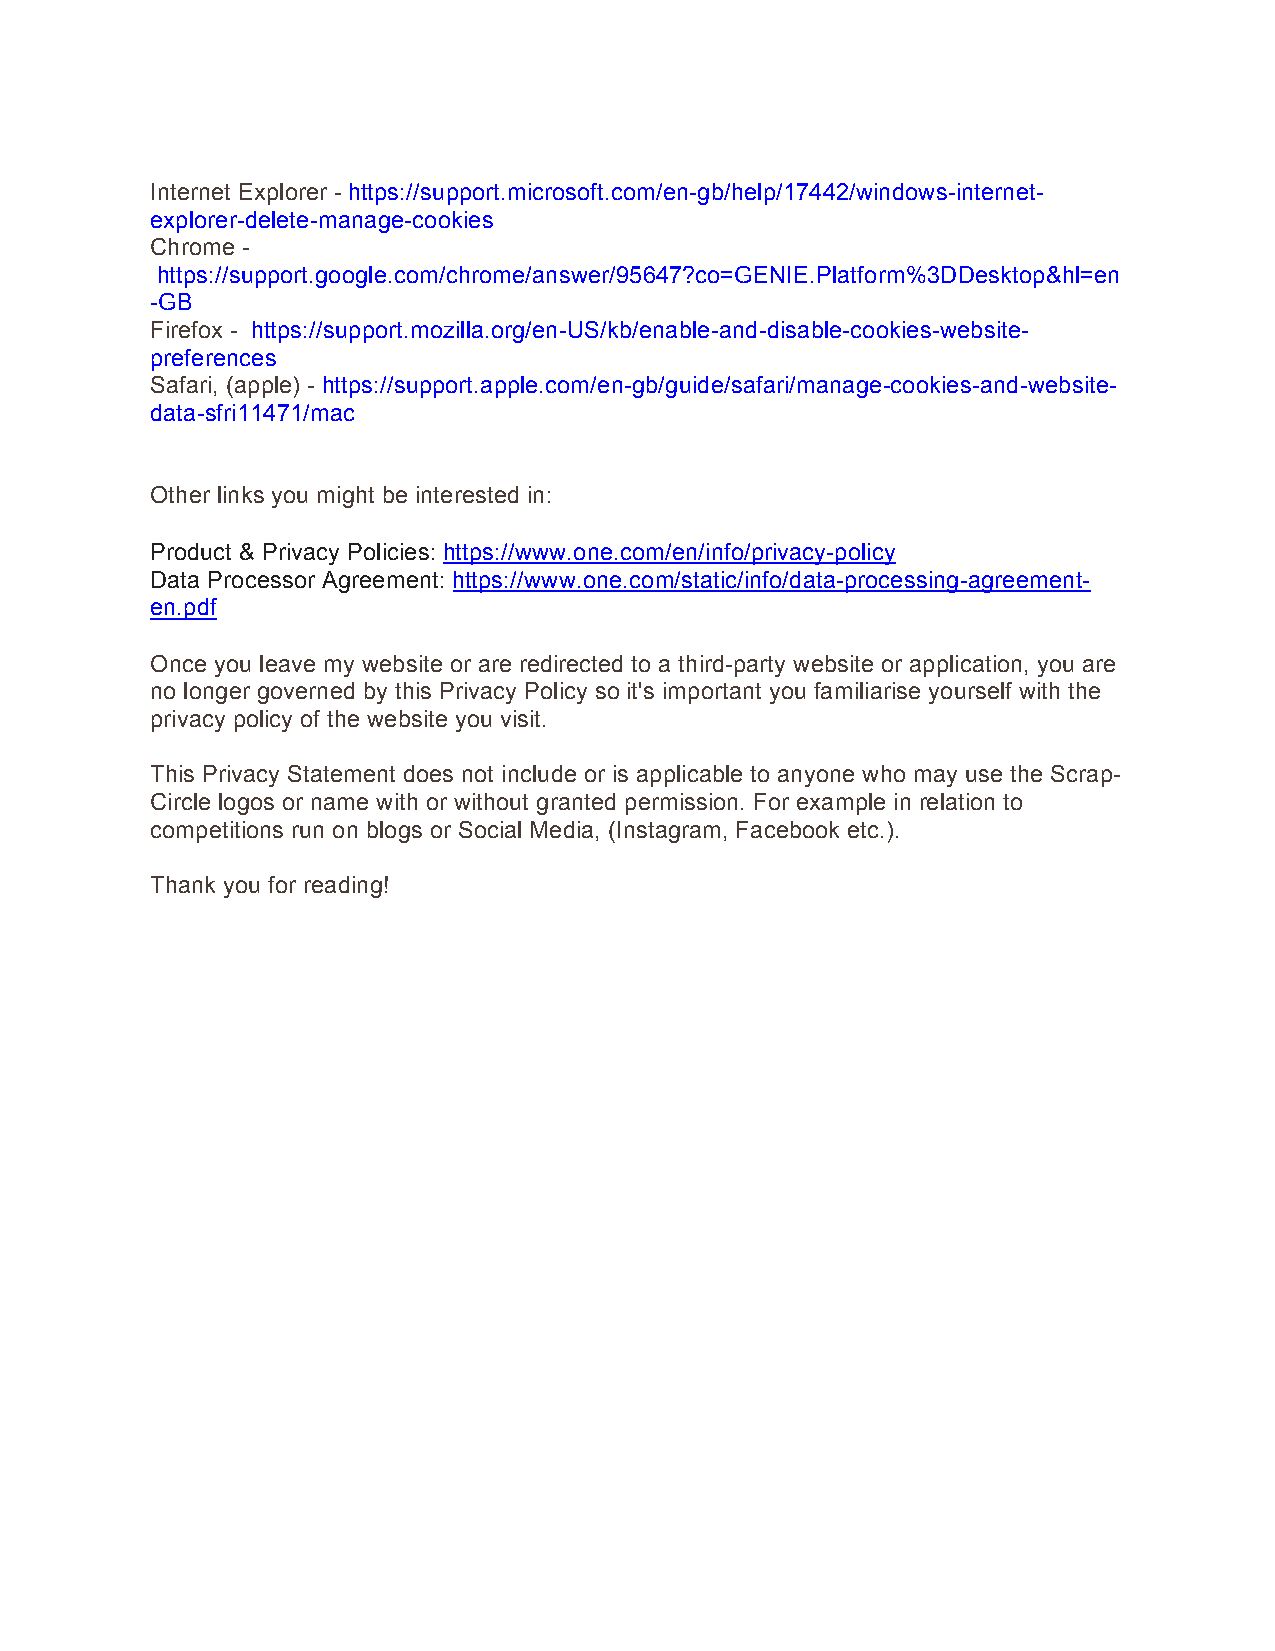
Internet Explorer - https://support.microsoft.com/en-gb/help/17442/windows-internet-
 explorer-delete-manage-cookies
 Chrome -
 https://support.google.com/chrome/answer/95647?co=GENIE.Platform%3DDesktop&hl=en
 -GB
 Firefox - https://support.mozilla.org/en-US/kb/enable-and-disable-cookies-website-
 preferences
 Safari, (apple) - https://support.apple.com/en-gb/guide/safari/manage-cookies-and-website-
 data-sfri11471/mac
 Other links you might be interested in:
 Product & Privacy Policies: https://www.one.com/en/info/privacy-policy
 Data Processor Agreement: https://www.one.com/static/info/data-processing-agreement-
 en.pdf
 Once you leave my website or are redirected to a third-party website or application, you are
 no longer governed by this Privacy Policy so it's important you familiarise yourself with the
 privacy policy of the website you visit.
 This Privacy Statement does not include or is applicable to anyone who may use the Scrap-
 Circle logos or name with or without granted permission. For example in relation to
 competitions run on blogs or Social Media, (Instagram, Facebook etc.).
 Thank you for reading!